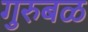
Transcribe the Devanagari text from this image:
गुरुबळ